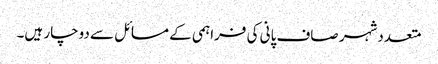
متعددشہر صاف پانی کی فراہمی کے مسائل سے دوچار ہیں۔